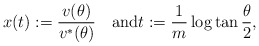
\begin{align*}x(t):=\frac{v(\theta)}{v^*(\theta)}\quad\textrm{and}t:=\frac{1}{m}\log\tan\frac{\theta}{2},\end{align*}